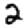
Digit: 2